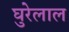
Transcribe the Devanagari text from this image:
घुरेलाल